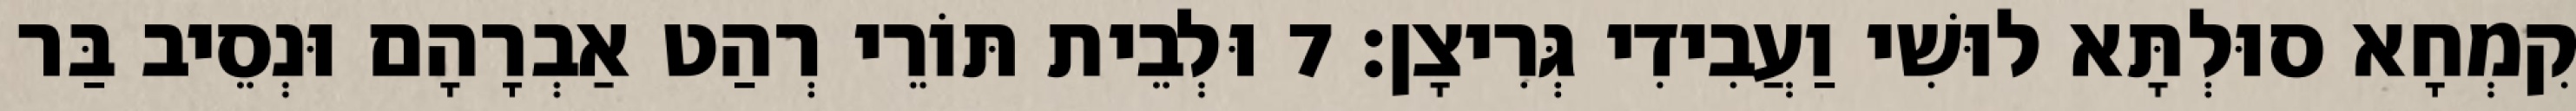
קִמְחָא סוּלְתָּא לוּשִׁי וַעֲבִידִי גְּרִיצָן׃ 7 וּלְבֵית תּוֹרֵי רְהַט אַבְרָהָם וּנְסֵיב בַּר